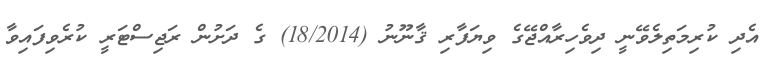
އެދި ކުރިމަތިލެވޭނީ ދިވެހިރާއްޖޭގެ ވިޔަފާރި ޤާނޫނު (18/2014) ގެ ދަށުން ރަޖިސްޓަރީ ކުރެވިފައިވާ